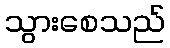
သွားစေသည်